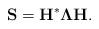
LaTeX: \begin{align*}\mathbf{S}=\mathbf{H}^*\mathbf{\Lambda}\mathbf{H}.\end{align*}